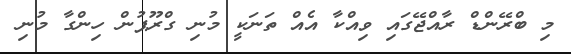
މި ބްރޭންޑް ރާއްޖޭގައި ވިއްކާ އެއް ތަނަކީ މުނި ގްރޫޕުން ހިންގާ މުނި